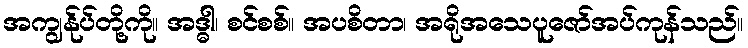
အကျွန်ုပ်တို့ကို။ အဒ္ဓါ၊ စင်စစ်။ အပစိတာ၊ အရိုအသေပူဇော်အပ်ကုန်သည်။